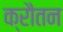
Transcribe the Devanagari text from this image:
क्रौतन